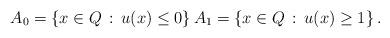
LaTeX: \begin{align*} A_0 =\left\{x \in Q \,:\, u(x) \le 0 \right\} A_1 =\left\{x \in Q \,:\, u(x) \ge 1 \right\} .\end{align*}